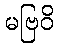
မဗြဝိ